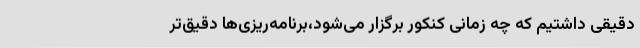
دقیقی داشتیم که چه زمانی کنکور برگزار می‌شود،برنامه‌ریزی‌ها دقیق‌تر